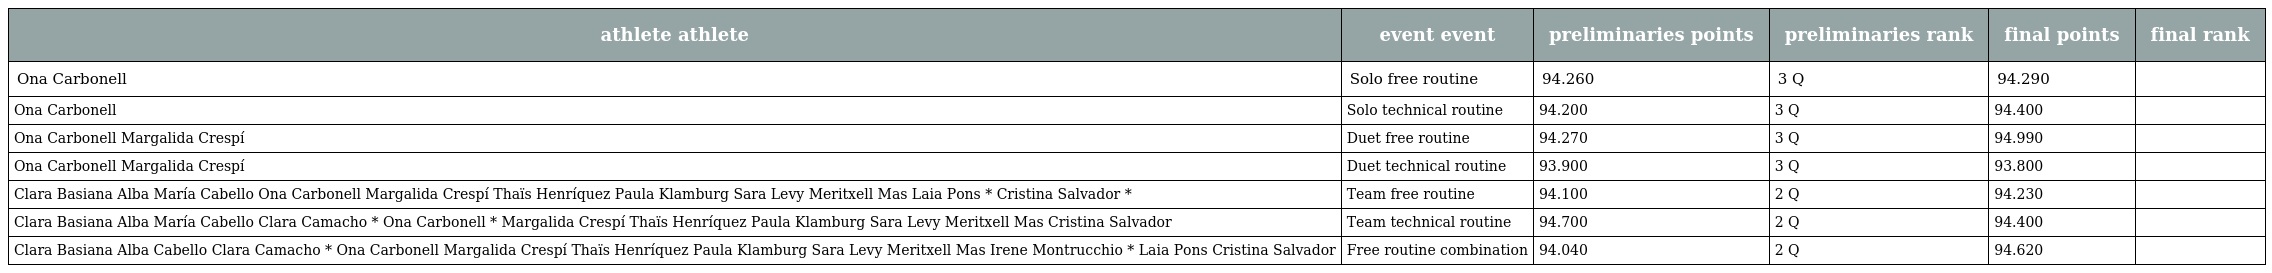
| athlete athlete | event event | preliminaries points | preliminaries rank | final points | final rank |
 | --- | --- | --- | --- | --- | --- |
 | Ona Carbonell | Solo free routine | 94.260 | 3 Q | 94.290 |  |
 | Ona Carbonell | Solo technical routine | 94.200 | 3 Q | 94.400 |  |
 | Ona Carbonell Margalida Crespí | Duet free routine | 94.270 | 3 Q | 94.990 |  |
 | Ona Carbonell Margalida Crespí | Duet technical routine | 93.900 | 3 Q | 93.800 |  |
 | Clara Basiana Alba María Cabello Ona Carbonell Margalida Crespí Thaïs Henríquez Paula Klamburg Sara Levy Meritxell Mas Laia Pons * Cristina Salvador * | Team free routine | 94.100 | 2 Q | 94.230 |  |
 | Clara Basiana Alba María Cabello Clara Camacho * Ona Carbonell * Margalida Crespí Thaïs Henríquez Paula Klamburg Sara Levy Meritxell Mas Cristina Salvador | Team technical routine | 94.700 | 2 Q | 94.400 |  |
 | Clara Basiana Alba Cabello Clara Camacho * Ona Carbonell Margalida Crespí Thaïs Henríquez Paula Klamburg Sara Levy Meritxell Mas Irene Montrucchio * Laia Pons Cristina Salvador | Free routine combination | 94.040 | 2 Q | 94.620 |  |